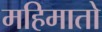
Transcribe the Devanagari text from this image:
महिमातो